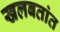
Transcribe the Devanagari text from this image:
खलबतांत